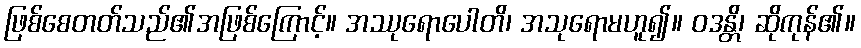
ဖြစ်စေတတ်သည်၏အဖြစ်ကြောင့်။ အဿုရောပေါတိ၊ အသုရောမဟူ၍။ ဝဒန္တိ၊ ဆိုကုန်၏။